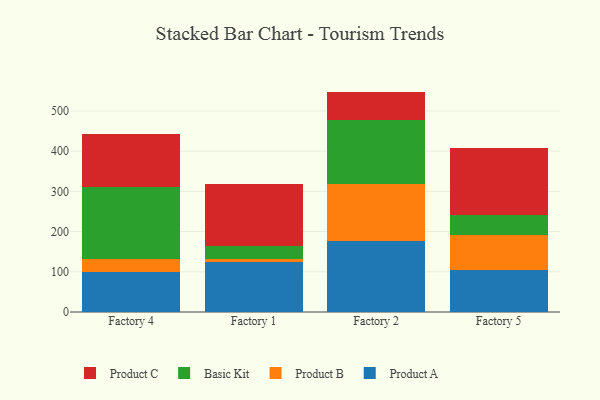
{"axis": {"x": "Factory", "y": "Conversion Rate (%)"}, "legend": ["Basic Kit", "Product A", "Product B", "Product C"], "data": [{"x": "Factory 4", "y": 99.7, "type": "Product A"}, {"x": "Factory 4", "y": 32.4, "type": "Product B"}, {"x": "Factory 4", "y": 178.0, "type": "Basic Kit"}, {"x": "Factory 4", "y": 133.6, "type": "Product C"}, {"x": "Factory 1", "y": 124.2, "type": "Product A"}, {"x": "Factory 1", "y": 8.2, "type": "Product B"}, {"x": "Factory 1", "y": 32.4, "type": "Basic Kit"}, {"x": "Factory 1", "y": 154.5, "type": "Product C"}, {"x": "Factory 2", "y": 177.4, "type": "Product A"}, {"x": "Factory 2", "y": 142.0, "type": "Product B"}, {"x": "Factory 2", "y": 157.1, "type": "Basic Kit"}, {"x": "Factory 2", "y": 71.7, "type": "Product C"}, {"x": "Factory 5", "y": 104.3, "type": "Product A"}, {"x": "Factory 5", "y": 87.3, "type": "Product B"}, {"x": "Factory 5", "y": 48.9, "type": "Basic Kit"}, {"x": "Factory 5", "y": 168.1, "type": "Product C"}]}